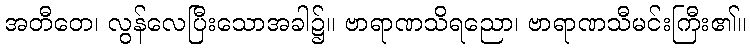
အတီတေ၊ လွန်လေပြီးသောအခါ၌။ ဗာရာဏသိရညော၊ ဗာရာဏသီမင်းကြီး၏။